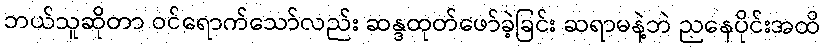
ဘယ်သူဆိုတာ ဝင်ရောက်သော်လည်း ဆန္ဒထုတ်ဖော်ခဲ့ခြင်း ဆရာမနဲ့ဘဲ ညနေပိုင်းအထိ